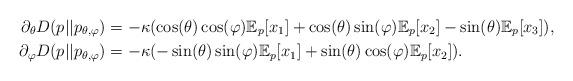
LaTeX: \begin{align*}\partial_\theta D(p||p_{\theta,\varphi}) &= -\kappa( \cos(\theta)\cos(\varphi) \mathbb{E}_p[x_1] + \cos(\theta) \sin(\varphi) \mathbb{E}_p[x_2] - \sin(\theta)\mathbb{E}_p[x_3]),\\\partial_\varphi D(p||p_{\theta,\varphi}) &= -\kappa( -\sin(\theta)\sin(\varphi) \mathbb{E}_p[x_1] + \sin(\theta)\cos(\varphi) \mathbb{E}_p[x_2]).\end{align*}